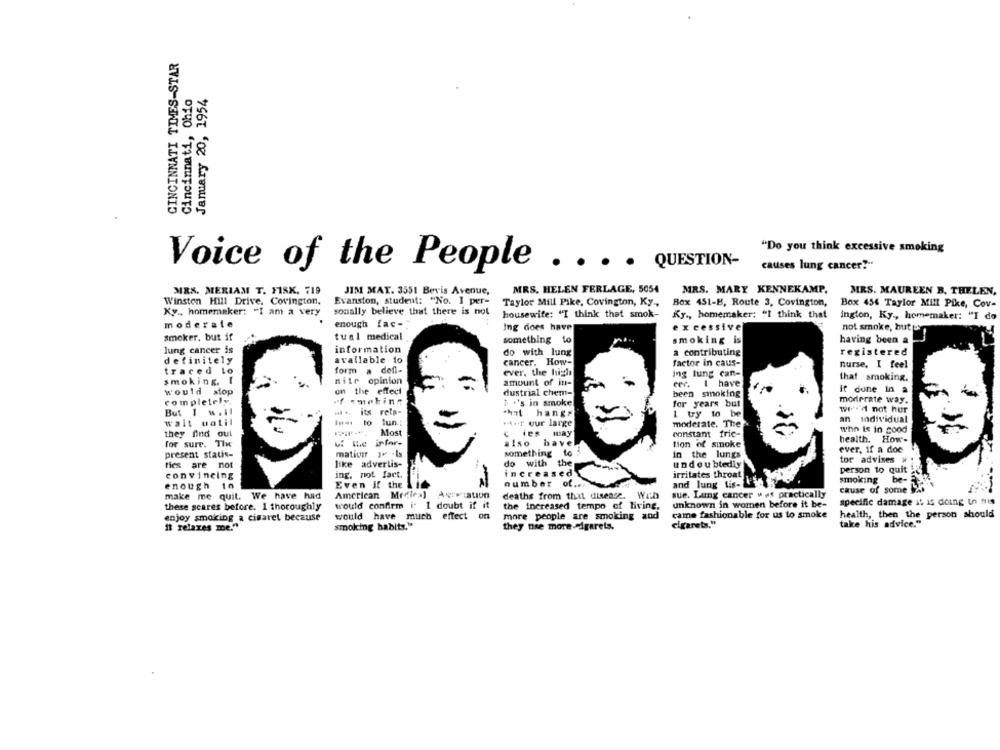
CINCINNATI TIMES-STAR
January 20, 1954
Cincinnati, Ohio
"Do you think excessive smoking
Voice of the People
. . . . QUESTION-
causes lung cancer?"
MRS. MERIAM T. F18X. 719
JIM MAT. 3551 Bevis Avenue,
MRS. HELEN FERLAGE, 5054
MRS. MARY KENNEKAMP.
MRS. MAUREEN B. THELEN,
Winston Hill Drive. Covington,
Evanston, student: "No. 1 per-
Taylor Mill Pike, Covington, Ky .,
Box 451-B, Route 3, Covington,
Box 454 Taylor Mill Pike, Cov-
Ky ., homemaker: "I am a very
sonally believe that there is not
housewife: "I think that smok-
Ky ., homemaker: "I think that
ington, Ky ., homemaker: "I do
enough fac-
moderate
Ing does have
excessive
not smoke, but tos
smoker, but if
tual medical
something to
smoking is
having been a
lung cancer is
information
do with lung
a contributing
registered
definitely
available to
cancer. How-
factor in caus-
nurse, I feel
traced lo
form a defi-
ever. the high
ing lung can-
smoking. I
nite opinion
amount of in-
eer. I have
that smoking.
would stop
on the effect
it done in a
dustrial chem-
been smoking
completely,
of smoking
$ .'s in smoke
for years but
moderate way.
But I wall
il .. its rela-
hat hangs
I try to be
wr' not hur
Ins to lun:
an individual
wait uatil
14++ our large
moderate. The
they find out
Most
c ies may
constant fric-
who is in good
for sure. Tiw
also bavel
tion of smoke
health. How-
ever, if a doc
present statis-
mation j .Is
something to
in the lungs
tor advises #
ties are not
like advertis-
do with the
undoubtedly
increased
person to quit
convincing
ing, not fact.
irritates throat
smoking be-
enough 10
Even if the
number of ....
and lung tis-
cause of some
make me quit. We have had
American Mecies)
deaths from that disease. With
sue. Lung cancer wes practically
specific damage it is doing In His
these scares before. 1 thoroughly
would confirm i. I doubt if it
the increased tempo of living,
unknown in women before it be-
enjoy smoking a cimaret because
would have much effect on
more people are smoking and
came fashionable for us to smoke
health, then the person should
smoking habits."
they use more-sigarets.
cigarety."
take his advice."
" relaxes me.""